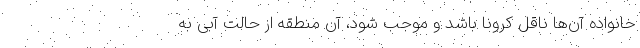
خانواده آن‌ها ناقل کرونا باشد و موجب شود، آن منطقه از حالت آبی به